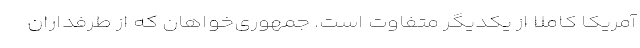
آمریکا کاملاً از یکدیگر متفاوت است. جمهوری­خواهان که از طرفداران